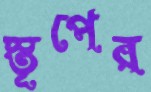
স্তূপের